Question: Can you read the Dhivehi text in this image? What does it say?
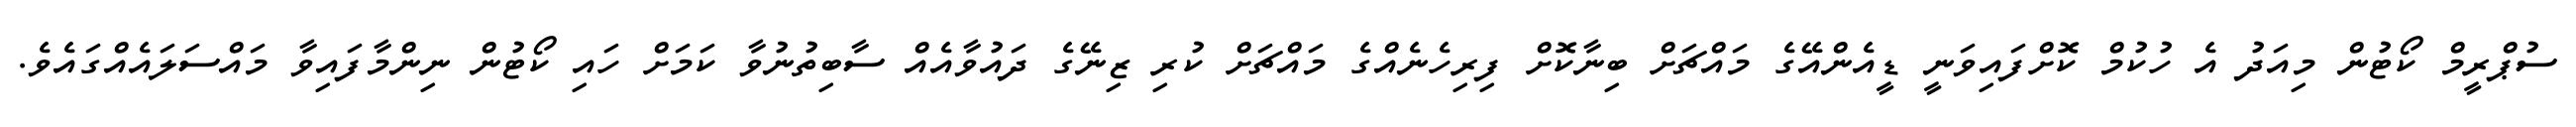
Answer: ސުޕްރީމް ކޯޓުން މިއަދު އެ ހުކުމް ކޮށްފައިވަނީ ޑީއެންއޭގެ މައްޗަށް ބިނާކޮށް ފިރިހެނެއްގެ މައްޗަށް ކުރި ޒިނޭގެ ދައުވާއެއް ސާބިތުނުވާ ކަމަށް ހައި ކޯޓުން ނިންމާފައިވާ މައްސަލައެއްގައެވެ.